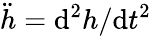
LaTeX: \ddot{h}={\mathrm{d}^{2}h}/{\mathrm{d}t^{2}}